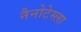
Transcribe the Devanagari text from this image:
नैनोटेस्ला